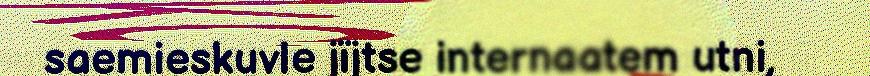
saemieskuvle jïjtse internaatem utni,